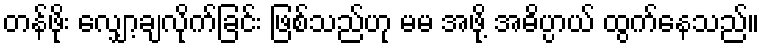
တန်ဖိုး လျှော့ချလိုက်ခြင်း ဖြစ်သည်ဟု မမ အဖို့ အဓိပ္ပာယ် ထွက်နေသည်။